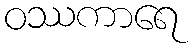
ဝဿကာရေ